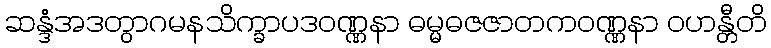
ဆန္ဒံအဒတွာဂမနသိက္ခာပဒဝဏ္ဏနာ ဓမ္မဓဇဇာတကဝဏ္ဏနာ ဝဟန္တီတိ